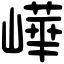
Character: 㠏